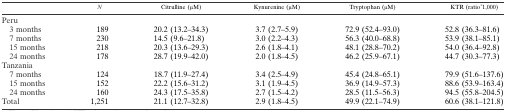
|  | N | Citrulline (μM) | Kynurenine (μM) | Tryptophan (μM) | KTR (ratio * 1,000) |
 | --- | --- | --- | --- | --- | --- |
 | <COLSPAN=6> Peru |
 | 3 months | 189 | 20.2 (13.2–34.3) | 3.7 (2.7–5.9) | 72.9 (52.4–93.0) | 52.8 (36.3–81.6) |
 | 7 months | 230 | 14.5 (9.6–21.8) | 3.0 (2.2–4.3) | 56.3 (40.0–68.8) | 53.9 (38.1–85.1) |
 | 15 months | 218 | 20.3 (13.6–29.3) | 2.6 (1.8–4.1) | 48.1 (28.8–70.2) | 54.0 (36.4–92.8) |
 | 24 months | 178 | 28.7 (19.9–42.0) | 2.0 (1.8–4.5) | 46.2 (25.9–67.1) | 44.7 (30.3–77.3) |
 | <COLSPAN=6> Tanzania |
 | 7 months | 124 | 18.7 (11.9–27.4) | 3.4 (2.5–4.9) | 45.4 (24.8–65.1) | 79.9 (51.6–137.6) |
 | 15 months | 152 | 22.2 (15.6–31.2) | 3.1 (1.9–4.5) | 36.9 (14.9–57.3) | 88.6 (53.9–163.4) |
 | 24 months | 160 | 24.3 (17.5–35.8) | 2.7 (1.5–4.2) | 28.5 (11.5–56.3) | 94.5 (55.8–204.5) |
 | Total | 1,251 | 21.1 (12.7–32.8) | 2.9 (1.8–4.5) | 49.9 (22.1–74.9) | 60.6 (38.1–121.8) |